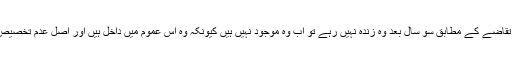
اور اگر انہوں نے آپﷺ کا زمانہ پا لیا تھا اس حدیث کے تقاضے کے مطابق سو سال بعد وہ زندہ نہیں رہے تو اب وہ موجود نہیں ہیں کیونکہ وہ اس عموم میں داخل ہیں اور اصل عدم تخصیص ہے جب تک کہ قابل قبول صحیح دلیل ثابت نہ ہو جائے۔